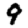
Digit: 9